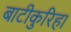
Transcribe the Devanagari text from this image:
बाटीकुरिहा